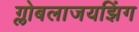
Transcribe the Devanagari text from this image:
ग्लोबलाजयझिंग